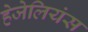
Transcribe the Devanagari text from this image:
हेजेलियंस